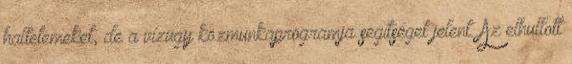
haltetemeket, de a vízügy közmunkaprogramja segítséget jelent. Az elhullott